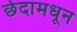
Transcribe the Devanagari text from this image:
छेदामधून